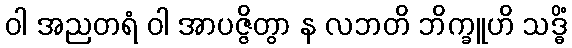
ဝါ အညတရံ ဝါ အာပဇ္ဇိတွာ န လဘတိ ဘိက္ခူဟိ သဒ္ဓိံ